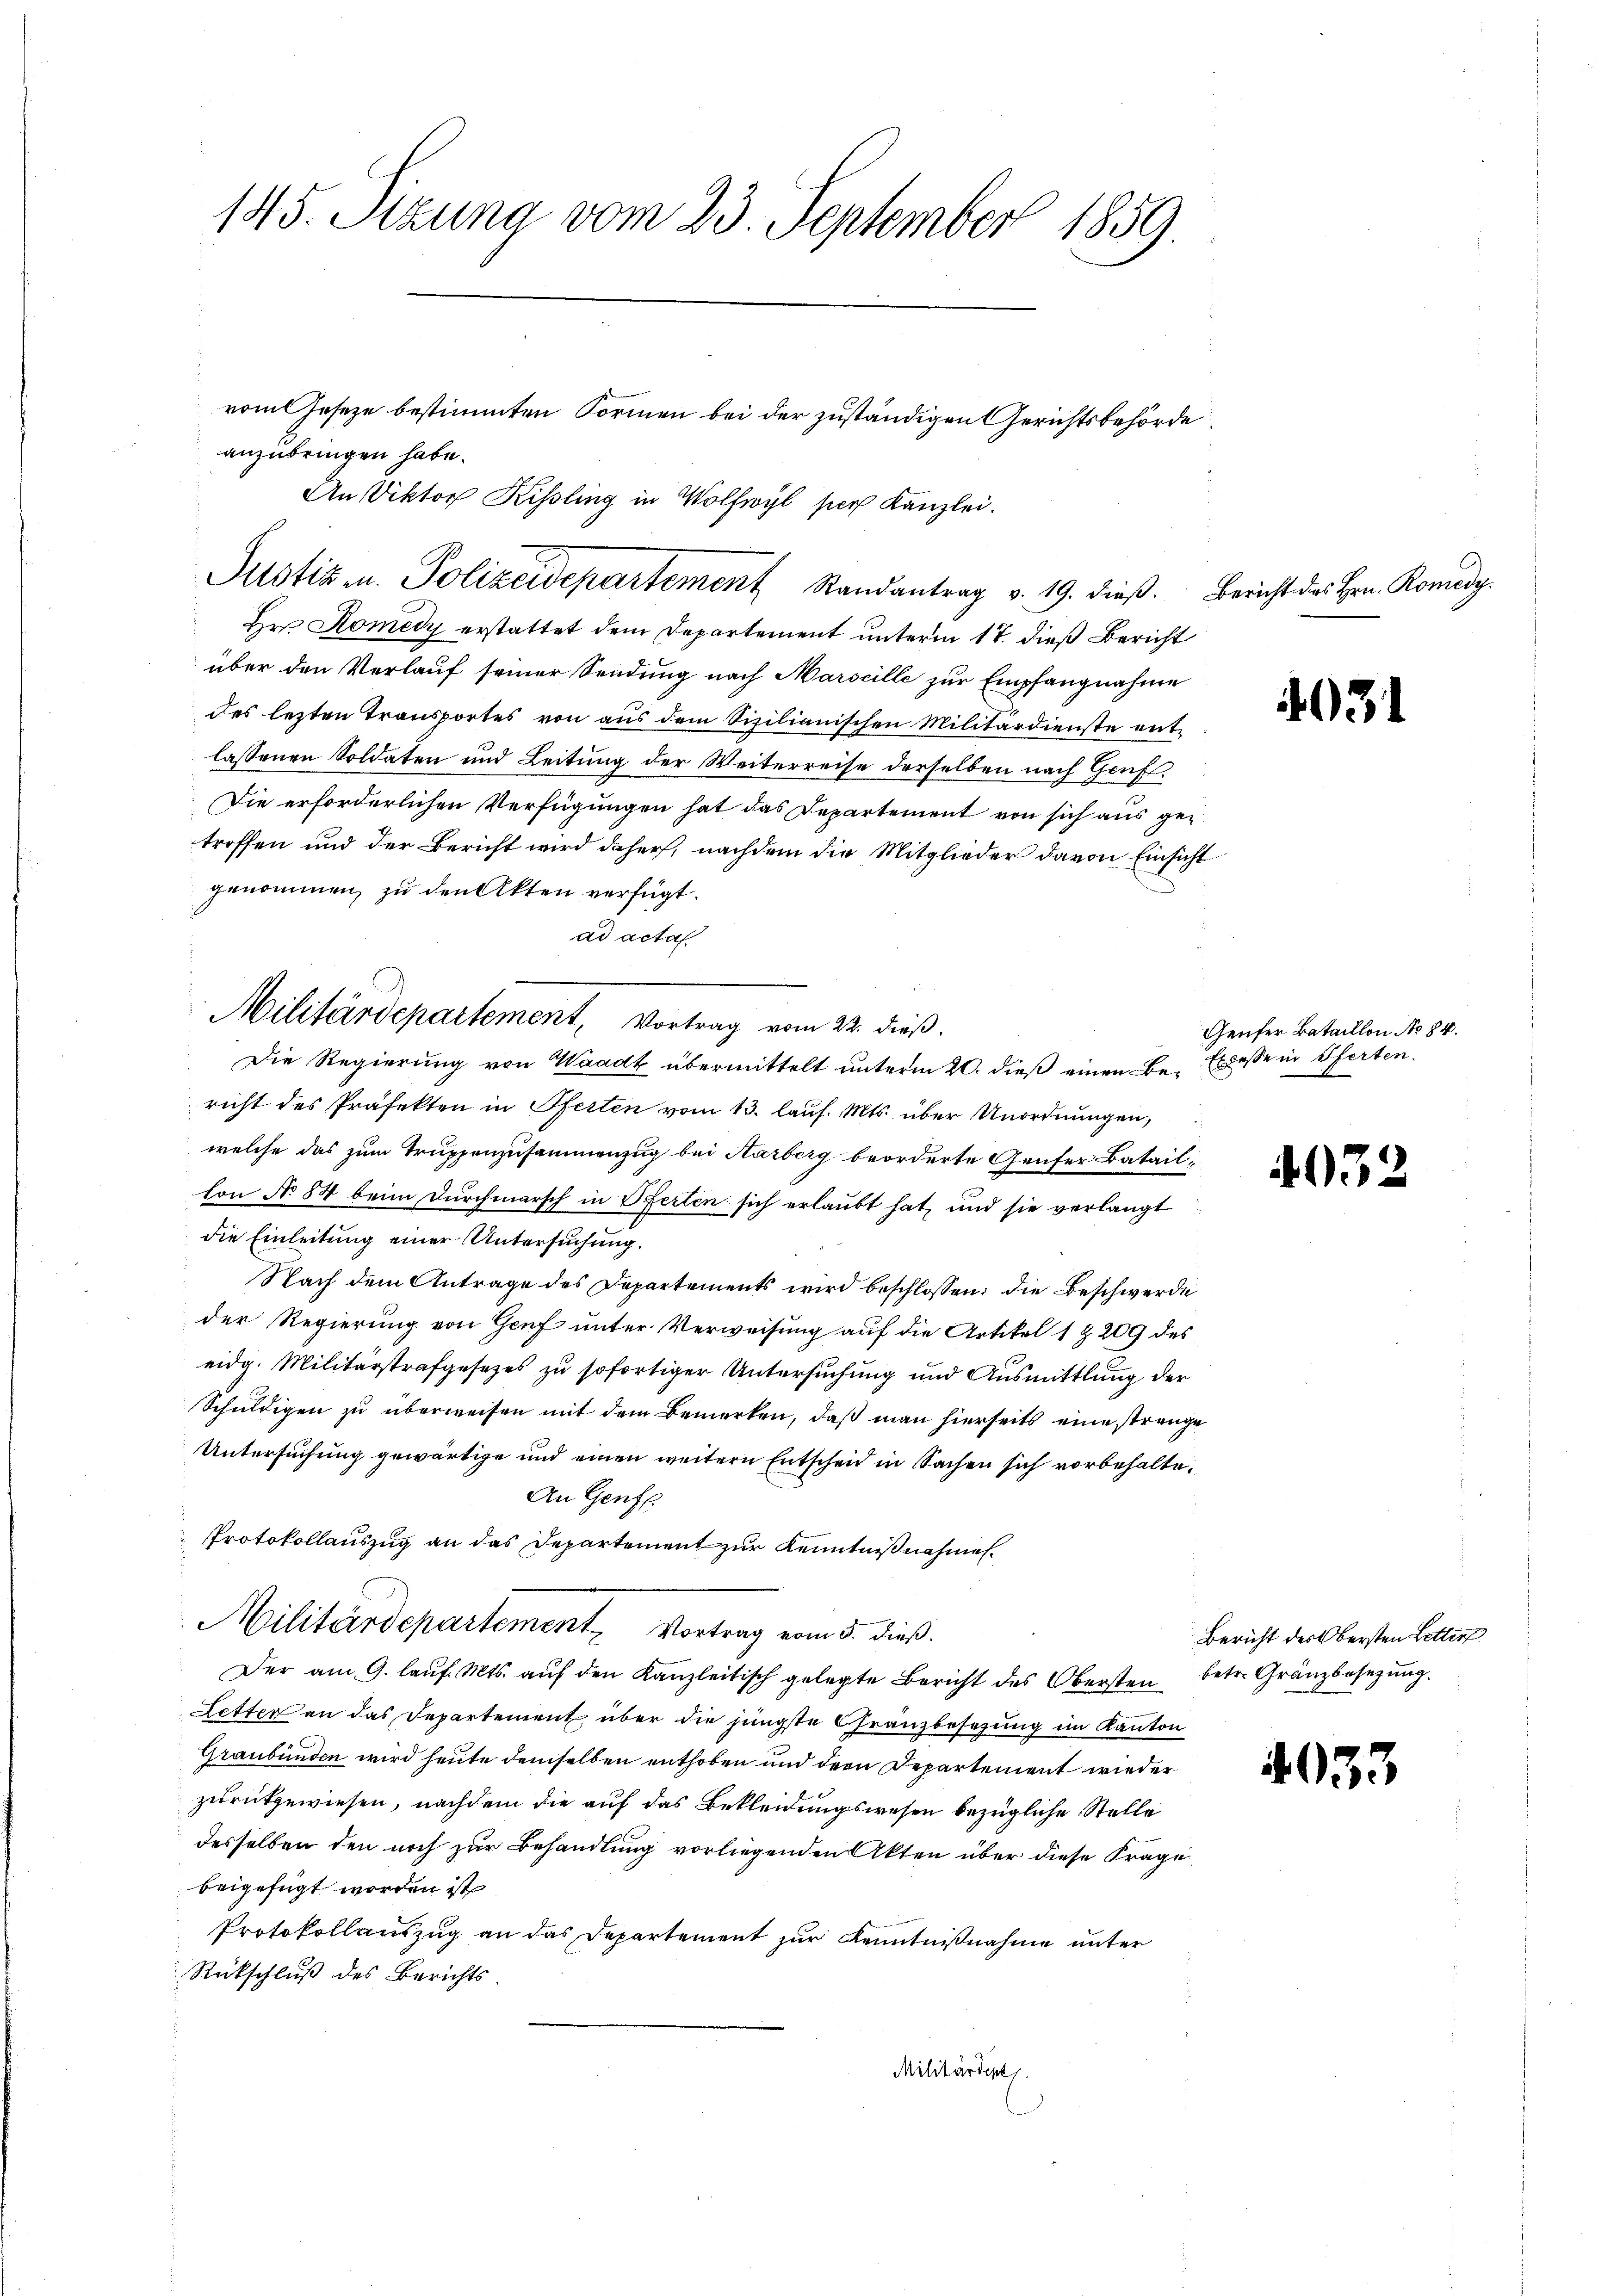
145. Sitzung vom 23. September 1859

Militärdepartement, Vortrag vom 22. dieß.

vom Geseze bestimmten Formen bei der zuständigen Gerichtsbehörde
An Viktor Kissling in Wolfwyl per Kanzlei.
Justiz u. Polizeidepartement Randantrag v. 19. dieß.

anzubringen habe.
Hrn. Komedy erstattet dem Departement unterm 17. dieß Bericht
über den Verlauf seiner Sendung nach Marseille zur Empfangnahme
des lezten Transportes von aus dem Sizilianischen Militärdienste entlassenen Soldaten und Leitung der Weiterreise derselben nach Genf
Die erforderlichen Verfügungen hat das Departement von sich aus getroffen und der Bericht wird daher, nachdem die Mitglieder davon Einsicht
genommen, zu den Akten verfügt:
ad acta
i
Die Regierung von Waadt übermittelt unterm 20. dieß einen Be- Excesse in Pferten.
richt des Präfekten in Pferten vom 13. lauf. Mts. über Unordnungen,
welche das zum Truppenzusammenzug bei Karberg beorderte Genfer Bataillon No 84 beim Durchmarsch in Pferten sich erlaubt hat, und sie verlangt
die Einleitung einer Untersuchung.
Nach dem Antrage des Departements wird beschlossen: die Beschwerde
der Regierung von Genf unter Verweisung auf die Artikel 1 Z. 209 des
eidg. Militärstrafgesetzes zu sofortiger Untersuchung und Ausmittlung der
Schuldigen zu überweisen mit dem Bemerken, daß man hierseits eine strenge
Untersuchung gewärtige und einen weitern Entscheid in Sachen sich vorbehalte¬
An Genfe
Protokollauszug an das Departement zur Kenntnißnahmen.
Militärdepartement Vortrag vom 5. dieß.
Der am 9. laŭf. Mts. aŭf den Kanzleitisch gelegte Bericht des Obersten betr. Gränzbesezung.
Letter an das Departement über die jüngste Gränzbesetzung im Kanton
Graubünden wird heute demselben enthoben und der Departement wieder
zurückgewiesen, nachdem die auf das Bekleidungswesen bezügliche Stelle
desselben den noch zur Behandlung vorliegenden Akten über diese Frage
beigefügt worden ist
Protokollauszug an das Departement zur Kenntnißnahme unter
Rückschluß des Berichts.
Militärdept.

2

Bericht des Hrn. Romedy.

3

Genfer Bataillon No 84.

4032

4033

Bericht des Obersten Letter